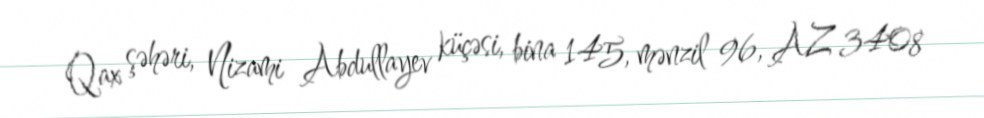
Qax şəhəri, Nizami Abdullayev küçəsi, bina 145, mənzil 96, AZ 3408